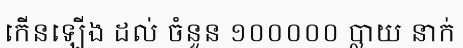
កើនឡើង ដល់ ចំនួន ១០០០០០ ប្លាយ នាក់